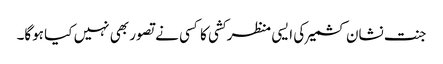
جنت نشان کشمیر کی ایسی منظر کشی کا کسی نے تصور بھی نہیں کیا ہوگا۔